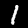
Label: 1